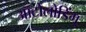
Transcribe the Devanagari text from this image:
ऑटोलोडिंग